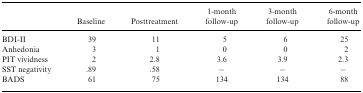
<table><thead><tr><td>[EMPTY_CELL]</td><td><b>Baseline</b></td><td><b>Posttreatment</b></td><td><b>1‐month follow‐up</b></td><td><b>3‐month follow‐up</b></td><td><b>6‐month follow‐up</b></td></tr></thead><tbody><tr><td>BDI‐II</td><td>39</td><td>11</td><td>5</td><td>6</td><td>25</td></tr><tr><td>Anhedonia</td><td>3</td><td>1</td><td>0</td><td>0</td><td>2</td></tr><tr><td>PIT vividness</td><td>2</td><td>2.8</td><td>3.6</td><td>3.9</td><td>2.3</td></tr><tr><td>SST negativity</td><td>.89</td><td>.58</td><td>−</td><td>−</td><td>−</td></tr><tr><td>BADS</td><td>61</td><td>75</td><td>134</td><td>134</td><td>88</td></tr></tbody></table>